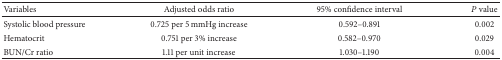
| Variables | Adjusted odds ratio | 95% confidence interval | P value |
 | --- | --- | --- | --- |
 | Systolic blood pressure | 0.725 per 5 mmHg increase | 0.592–0.891 | 0.002 |
 | Hematocrit | 0.751 per 3% increase | 0.582–0.970 | 0.029 |
 | BUN/Cr ratio | 1.11 per unit increase | 1.030–1.190 | 0.004 |